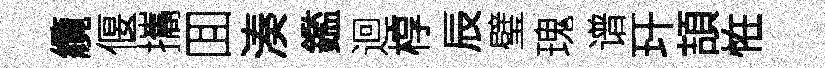
纜偃攜囬湊鑑迴椁辰璧瑰谱玕頡恠